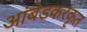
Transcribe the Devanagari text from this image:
आंबेडकरकृत